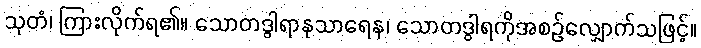
သုတံ၊ ကြားလိုက်ရ၏။ သောတဒွါရာနုသာရေန၊ သောတဒွါရကိုအစဉ်လျှောက်သဖြင့်။